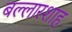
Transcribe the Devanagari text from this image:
बल्लारशाह